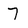
Character: 7